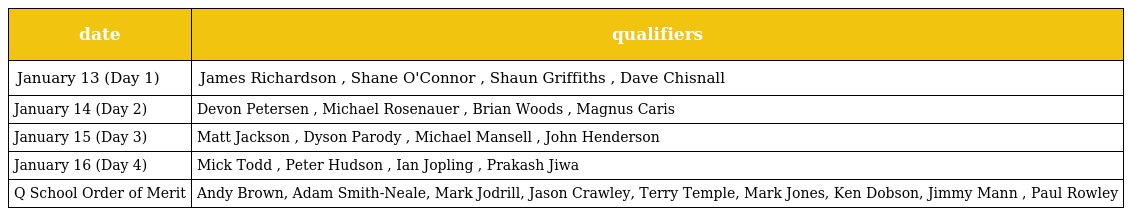
| date | qualifiers |
 | --- | --- |
 | January 13 (Day 1) | James Richardson , Shane O'Connor , Shaun Griffiths , Dave Chisnall |
 | January 14 (Day 2) | Devon Petersen , Michael Rosenauer , Brian Woods , Magnus Caris |
 | January 15 (Day 3) | Matt Jackson , Dyson Parody , Michael Mansell , John Henderson |
 | January 16 (Day 4) | Mick Todd , Peter Hudson , Ian Jopling , Prakash Jiwa |
 | Q School Order of Merit | Andy Brown, Adam Smith-Neale, Mark Jodrill, Jason Crawley, Terry Temple, Mark Jones, Ken Dobson, Jimmy Mann , Paul Rowley |